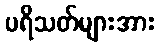
ပရိသတ်များအား